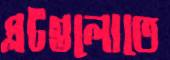
প্লটগুলোতে